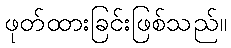
ဖုတ်ထားခြင်းဖြစ်သည်။